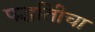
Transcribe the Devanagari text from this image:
पद्धतिीचा